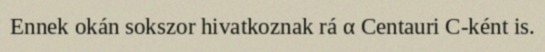
Ennek okán sokszor hivatkoznak rá α Centauri C-ként is.